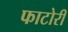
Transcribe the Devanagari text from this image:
फाटोरी